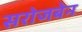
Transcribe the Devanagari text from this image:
सरोजबेन